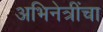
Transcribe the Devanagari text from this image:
अभिनेत्रींचा